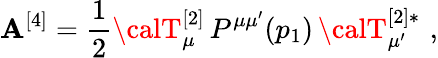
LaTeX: {\cal\mathbf{A}}^{[4]}=\frac{{1}}{{2}}{\calT}_{\mu}^{[2]}\, P^{\mu\mu^{\prime}}(p_{1})\, {\calT}_{\mu^{\prime}}^{[2]*}\, \, ,